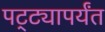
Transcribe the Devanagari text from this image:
पट्‍ट्यापर्यंत